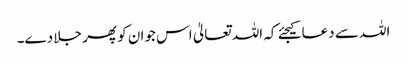
اللہ سے دعا کیجئے کہ اللہ تعالیٰ اس جوان کو پھر جلا دے۔